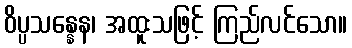
ဝိပ္ပသန္နေန၊ အထူးသဖြင့် ကြည်လင်သော။